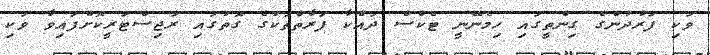
ވަކި ފަރުދުންގެ ގިންތީގައި ހިމެނޭނީ ޓެކްސް ދައްކާ ފަރާތްތަކުގެ ގޮތުގައި ރަޖިސްޓަރީކޮށްފައިވާ ވަކި